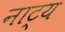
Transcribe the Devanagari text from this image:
नाट्य